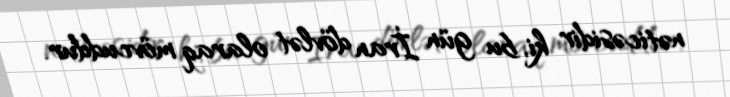
nəticəsidir ki, bu gün İran dövlət olaraq mövcuddur.